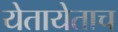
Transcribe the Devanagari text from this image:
येतायेताच